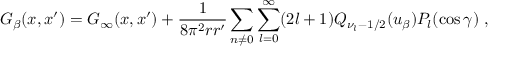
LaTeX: G _ { \beta } ( x , x ^ { \prime } ) = G _ { \infty } ( x , x ^ { \prime } ) + \frac { 1 } { 8 \pi ^ { 2 } r r ^ { \prime } } \sum _ { n \neq 0 } \sum _ { l = 0 } ^ { \infty } ( 2 l + 1 ) Q _ { \nu _ { l } - 1 / 2 } ( u _ { \beta } ) P _ { l } ( \cos \gamma ) \ ,